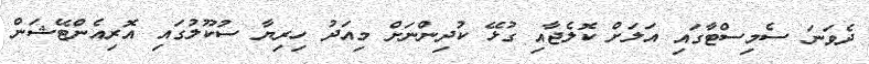
ދެވަނަ ސެމިސްޓާގައި އަލަށް ކޮލެޖާއި ގުޅޭ ކުދިންނަށް މިއަދު ހިރިޔާ ސުކޫލުގައި އޮރިއެންޓޭޝަން